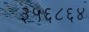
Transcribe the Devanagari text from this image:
३५६८६४